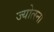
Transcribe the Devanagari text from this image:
ज्योत्स्नां